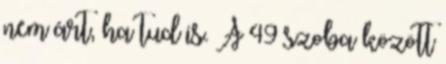
nem árt, ha tud is. A 49 szoba között